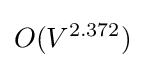
O(V^{2.372})